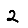
Digit: 2